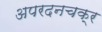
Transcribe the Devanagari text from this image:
अपरदनचक्र